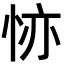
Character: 𢙕